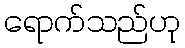
ရောက်သည်ဟု